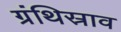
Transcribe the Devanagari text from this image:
ग्रंथिस्राव